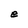
Character: e